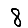
Digit: 8